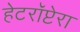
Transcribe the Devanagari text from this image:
हेटरॉप्टेरा